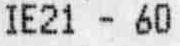
IE21 - 60